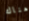
هناك